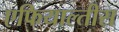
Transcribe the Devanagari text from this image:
एफियाल्तीस